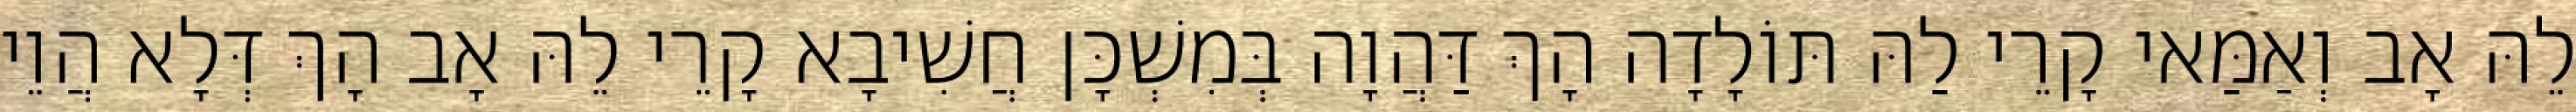
לֵהּ אָב וְאַמַּאי קָרֵי לַהּ תּוֹלָדָה הָךְ דַּהֲוָה בְּמִשְׁכָּן חֲשִׁיבָא קָרֵי לֵהּ אָב הָךְ דְּלָא הֲוֵי